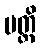
မတ္ထိ